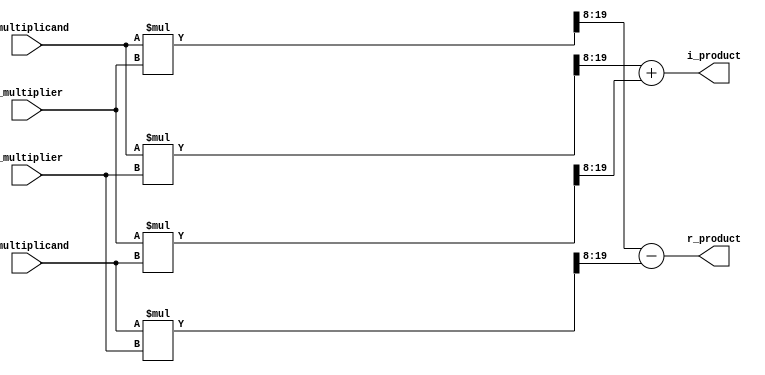
`timescale 1ns / 1ps
//////////////////////////////////////////////////////////////////////////////////
// Company: 
// Engineer: 
// 
// Design Name: 
// Module Name: complex_multiplier
// Project Name: 
// Target Devices: 
// Tool Versions: 
// Description: 
// 
// Dependencies: 
// 
// Revision:
// Revision 0.01 - File Created
// Additional Comments:
// 
//////////////////////////////////////////////////////////////////////////////////


module complex_multiplier(
    input signed [11:0] r_multiplicand, i_multiplicand,
    input signed [11:0] r_multiplier, i_multiplier,
    output signed [11:0] r_product,
    output signed [11:0] i_product
    );

    wire signed [23:0] ac = (r_multiplicand * r_multiplier);
    wire signed [23:0] bd = (i_multiplicand * i_multiplier);
    wire signed [23:0] ad = (r_multiplicand * i_multiplier);
    wire signed [23:0] bc = (r_multiplier * i_multiplicand);
    
    assign r_product = ac[19:8] - bd[19:8];
    assign i_product = ad[19:8] + bc[19:8];
endmodule